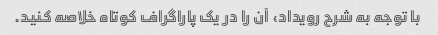
با توجه به شرح رویداد، آن را در یک پاراگراف کوتاه خلاصه کنید.